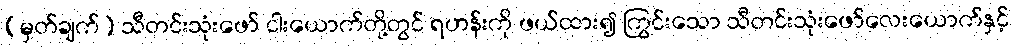
(မှတ်ချက်) သီတင်းသုံးဖော် ငါးယောက်တို့တွင် ရဟန်းကို ဖယ်ထား၍ ကြွင်းသော သီတင်းသုံးဖော်လေးယောက်နှင့်